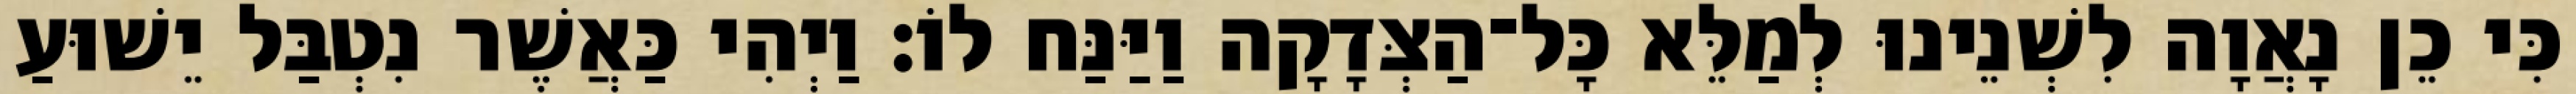
כִּי כֵן נָאֲוָה לִשְׁנֵינוּ לְמַלֵּא כָּל־הַצְּדָקָה וַיַּנַּח לוֹ׃ וַיְהִי כַּאֲשֶׁר נִטְבַּל יֵשׁוּעַ